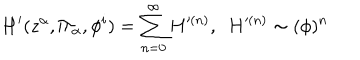
H ^ { \prime } ( z ^ { \alpha } , \Pi _ { \alpha } , \phi ^ { i } ) = \sum _ { n = 0 } ^ { \infty } H ^ { \prime ( n ) } , { } ~ ~ H ^ { \prime ( n ) } \sim ( \phi ) ^ { n }